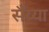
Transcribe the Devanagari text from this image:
सैंय्या